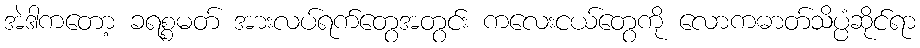
အဲဒါကတော့ ခရစ္စမတ် အားလပ်ရက်တွေအတွင်း ကလေးငယ်တွေကို လောကဓာတ်သိပ္ပံဆိုင်ရာ